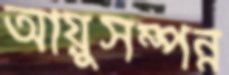
আয়ুসম্পন্ন